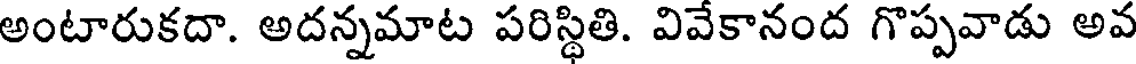
అంటారుకదా. అదన్నమాట పరిస్థితి. వివేకానంద గొప్పవాడు అవ